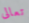
تعالى